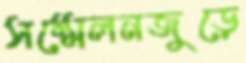
সম্মেলনজুড়ে